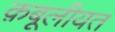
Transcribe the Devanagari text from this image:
क़बूलीयत